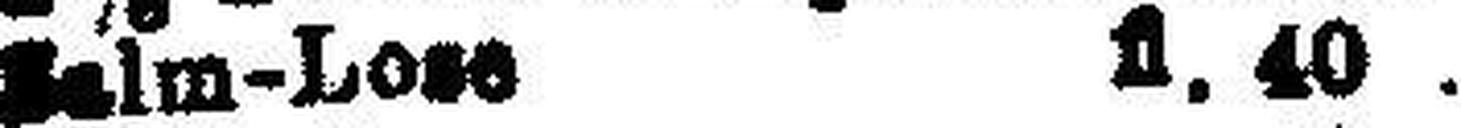
Salm-Lose fl. 40